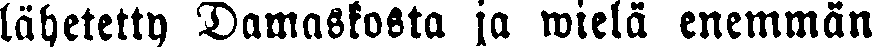
lähetetty Damaskosta ja wielä enemmän